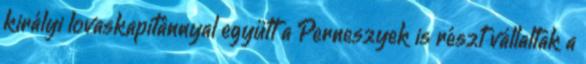
királyi lovaskapitánnyal együtt a Perneszyek is részt vállaltak a